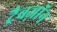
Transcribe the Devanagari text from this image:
ट्रैबज़ॉन